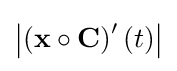
\left|\left(\mathbf {x} \circ \mathbf {C} \right)'(t)\right|